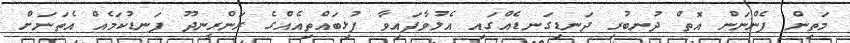
މަތިން ފެންނަން އޮތް ދުނބުރި ދަނޑިގަނޑެއްގައި އެލުވާފައިވާ ފުޅިބައްތިއެއްގެ ރަންރީނދޫ ފަނޑުކަމެއް އެތަނަށް